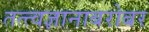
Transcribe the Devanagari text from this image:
तत्त्वज्ञानाबरोबर